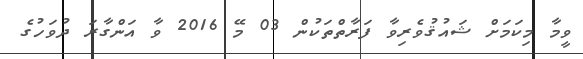
ވީމާ މިކަމަށް ޝައުޤުވެރިވާ ފަރާތްތަކުން 03 މޭ 2016 ވާ އަންގާރަ ދުވަހުގެ